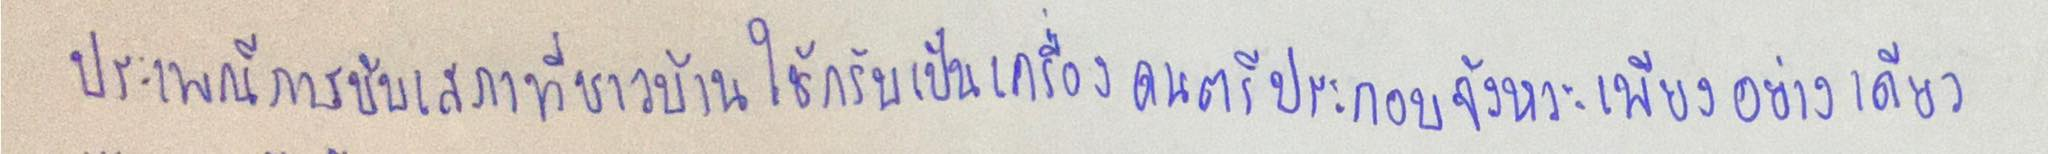
ประเพณีการขับเสภาที่ชาวบ้านใช้กรับเป็นเครื่องดนตรีประกอบจังหวะเพียงอย่างเดียว